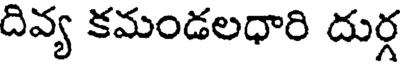
దివ్య కమండలధారి దుర్గ